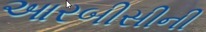
આરબીસીની